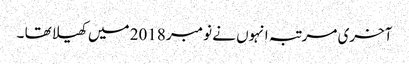
آخری مرتبہ انہوں نے نومبر 2018 میں کھیلا تھا ۔